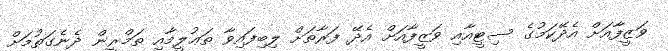
ވަޒީފާއަށް އެދޭކަމުގެ ސިޓީއާއި ވަޒީފާއަށް އެދޭ ފަރާތަށް ލިބިފައިވާ ތަޢުލީމާއި ތަމްރީން ދެނެގަތުމަށް